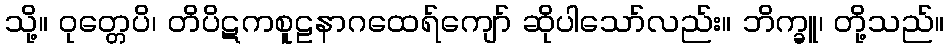
သို့။ ဝုတ္တေပိ၊ တိပိဋကစူဠနာဂထေရ်ကျော် ဆိုပါသော်လည်း။ ဘိက္ခူ၊ တို့သည်။